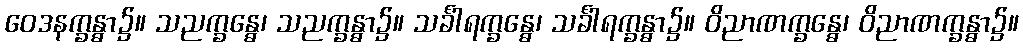
ဝေဒနက္ခန္ဓာ၌။ သညက္ခန္ဓေ၊ သညက္ခန္ဓာ၌။ သင်္ခါရက္ခန္ဓေ၊ သင်္ခါရက္ခန္ဓာ၌။ ဝိညာဏက္ခန္ဓေ၊ ဝိညာဏက္ခန္ဓာ၌။